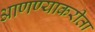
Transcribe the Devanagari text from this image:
आणण्याकरीता